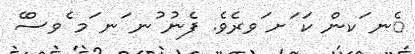
ެނ ަކން ކަ ަށ ަވރެވެ. ފެނު ުނ ަނ ަމ ެވސްެ